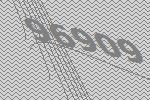
96909